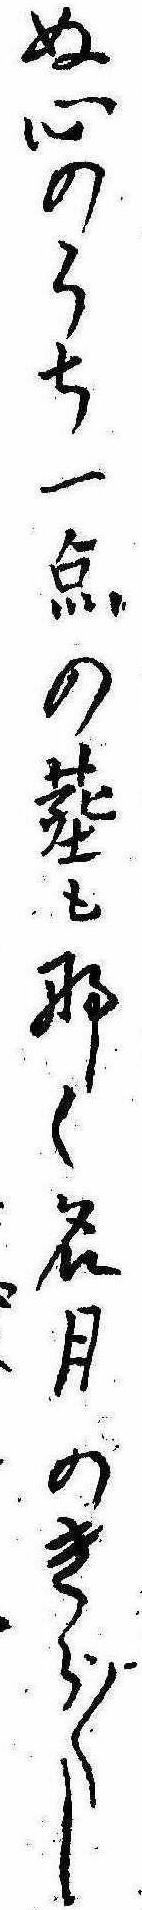
ぬ心のうち一点の塵もなく名月のきら〱し